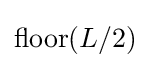
{\text{floor}}(L/2)